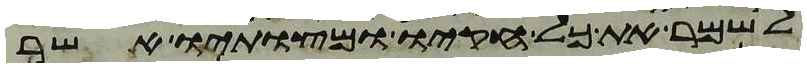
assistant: לשמר את כל חקיו ומצותיו אשר